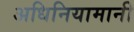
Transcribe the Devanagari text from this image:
अधिनियामानी